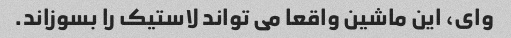
وای، این ماشین واقعا می تواند لاستیک را بسوزاند.